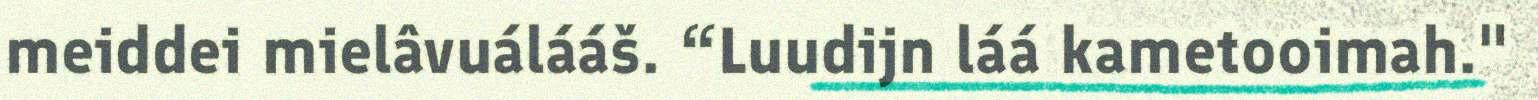
meiddei mielâvuálááš. “Luudijn láá kametooimah."